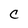
Character: C